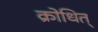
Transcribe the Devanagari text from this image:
क्रोधित्